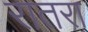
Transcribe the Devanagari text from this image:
रातरा